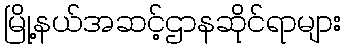
မြို့နယ်အဆင့်ဌာနဆိုင်ရာများ